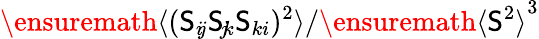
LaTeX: \ensuremath{\langle(\mathsf{S}_{i\! j}\mathsf{S}_{\! j\! k}\mathsf{S}_{ki})^{2}\rangle}/\ensuremath{\langle\mathsf{S}^{2}\rangle}^{3}